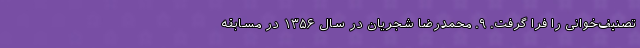
تصنیف‌خوانی را فرا گرفت. ۹. محمدرضا شجریان در سال ۱۳۵۶ در مسابقهٔ